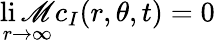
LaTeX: \operatorname*{li\mathscr{M}}_{r\to\infty}c_{I}(r,\theta,t)=0